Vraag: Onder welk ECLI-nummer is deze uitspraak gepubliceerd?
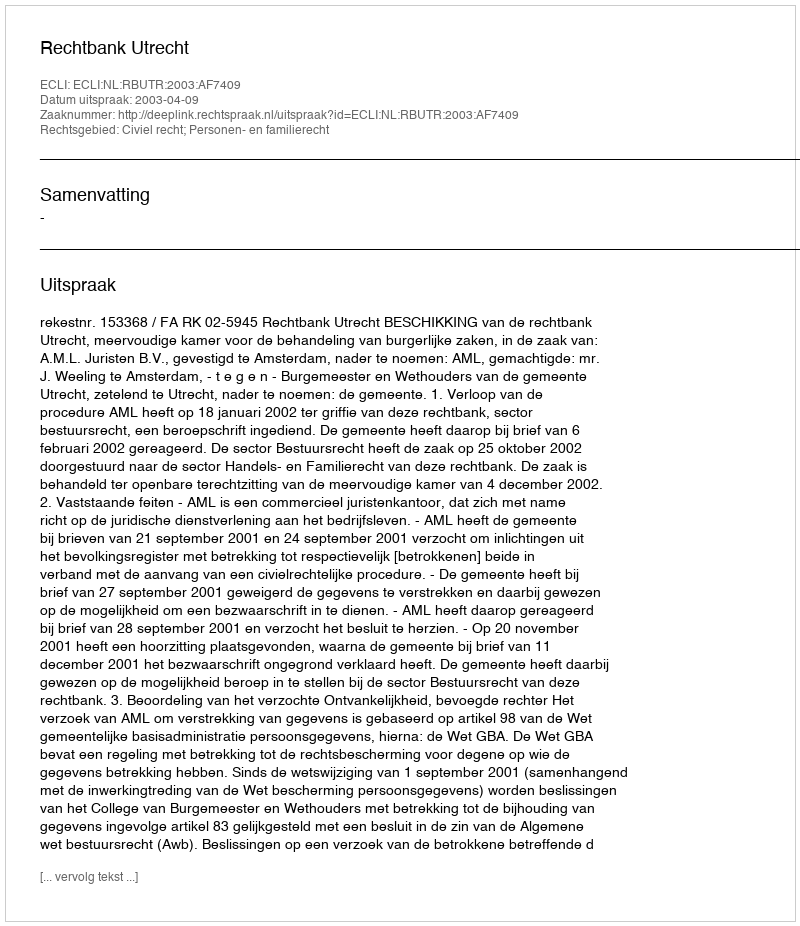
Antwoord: ECLI:NL:RBUTR:2003:AF7409